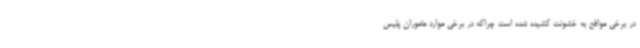
در برخی مواقع به خشونت کشیده شده است چراکه در برخی موارد ماموران پلیس